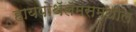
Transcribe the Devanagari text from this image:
हायपोथॅलॅमसमधील